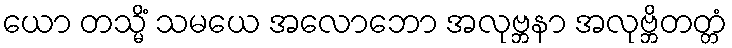
ယော တသ္မိံ သမယေ အလောဘော အလုဗ္ဘနာ အလုဗ္ဘိတတ္တံ